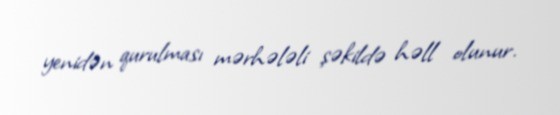
yenidən qurulması mərhələli şəkildə həll olunur.